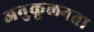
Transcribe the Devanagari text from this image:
अनुकूलनता